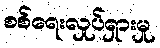
စစ်ရေးလှုပ်ရှားမှု